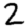
Digit: 2